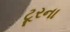
ટૂરના